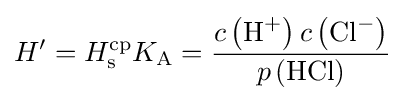
H'=H_{\rm {s}}^{\mathrm {cp} }K_{\mathrm {A} }={\frac {c\left({\mathrm {H} {\vphantom {A}}^{+}}\right)c\left({\mathrm {Cl} {\vphantom {A}}^{-}}\right)}{p\left({\mathrm {HCl} }\right)}}